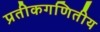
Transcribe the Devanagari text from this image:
प्रतीकगणितीय